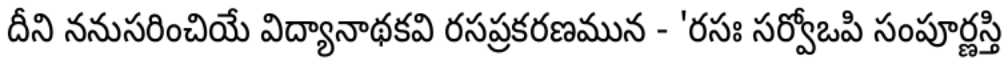
దీని ననుసరించియే విద్యానాథకవి రసప్రకరణమున - 'రసః సర్వోఒపి సంపూర్ణస్తి